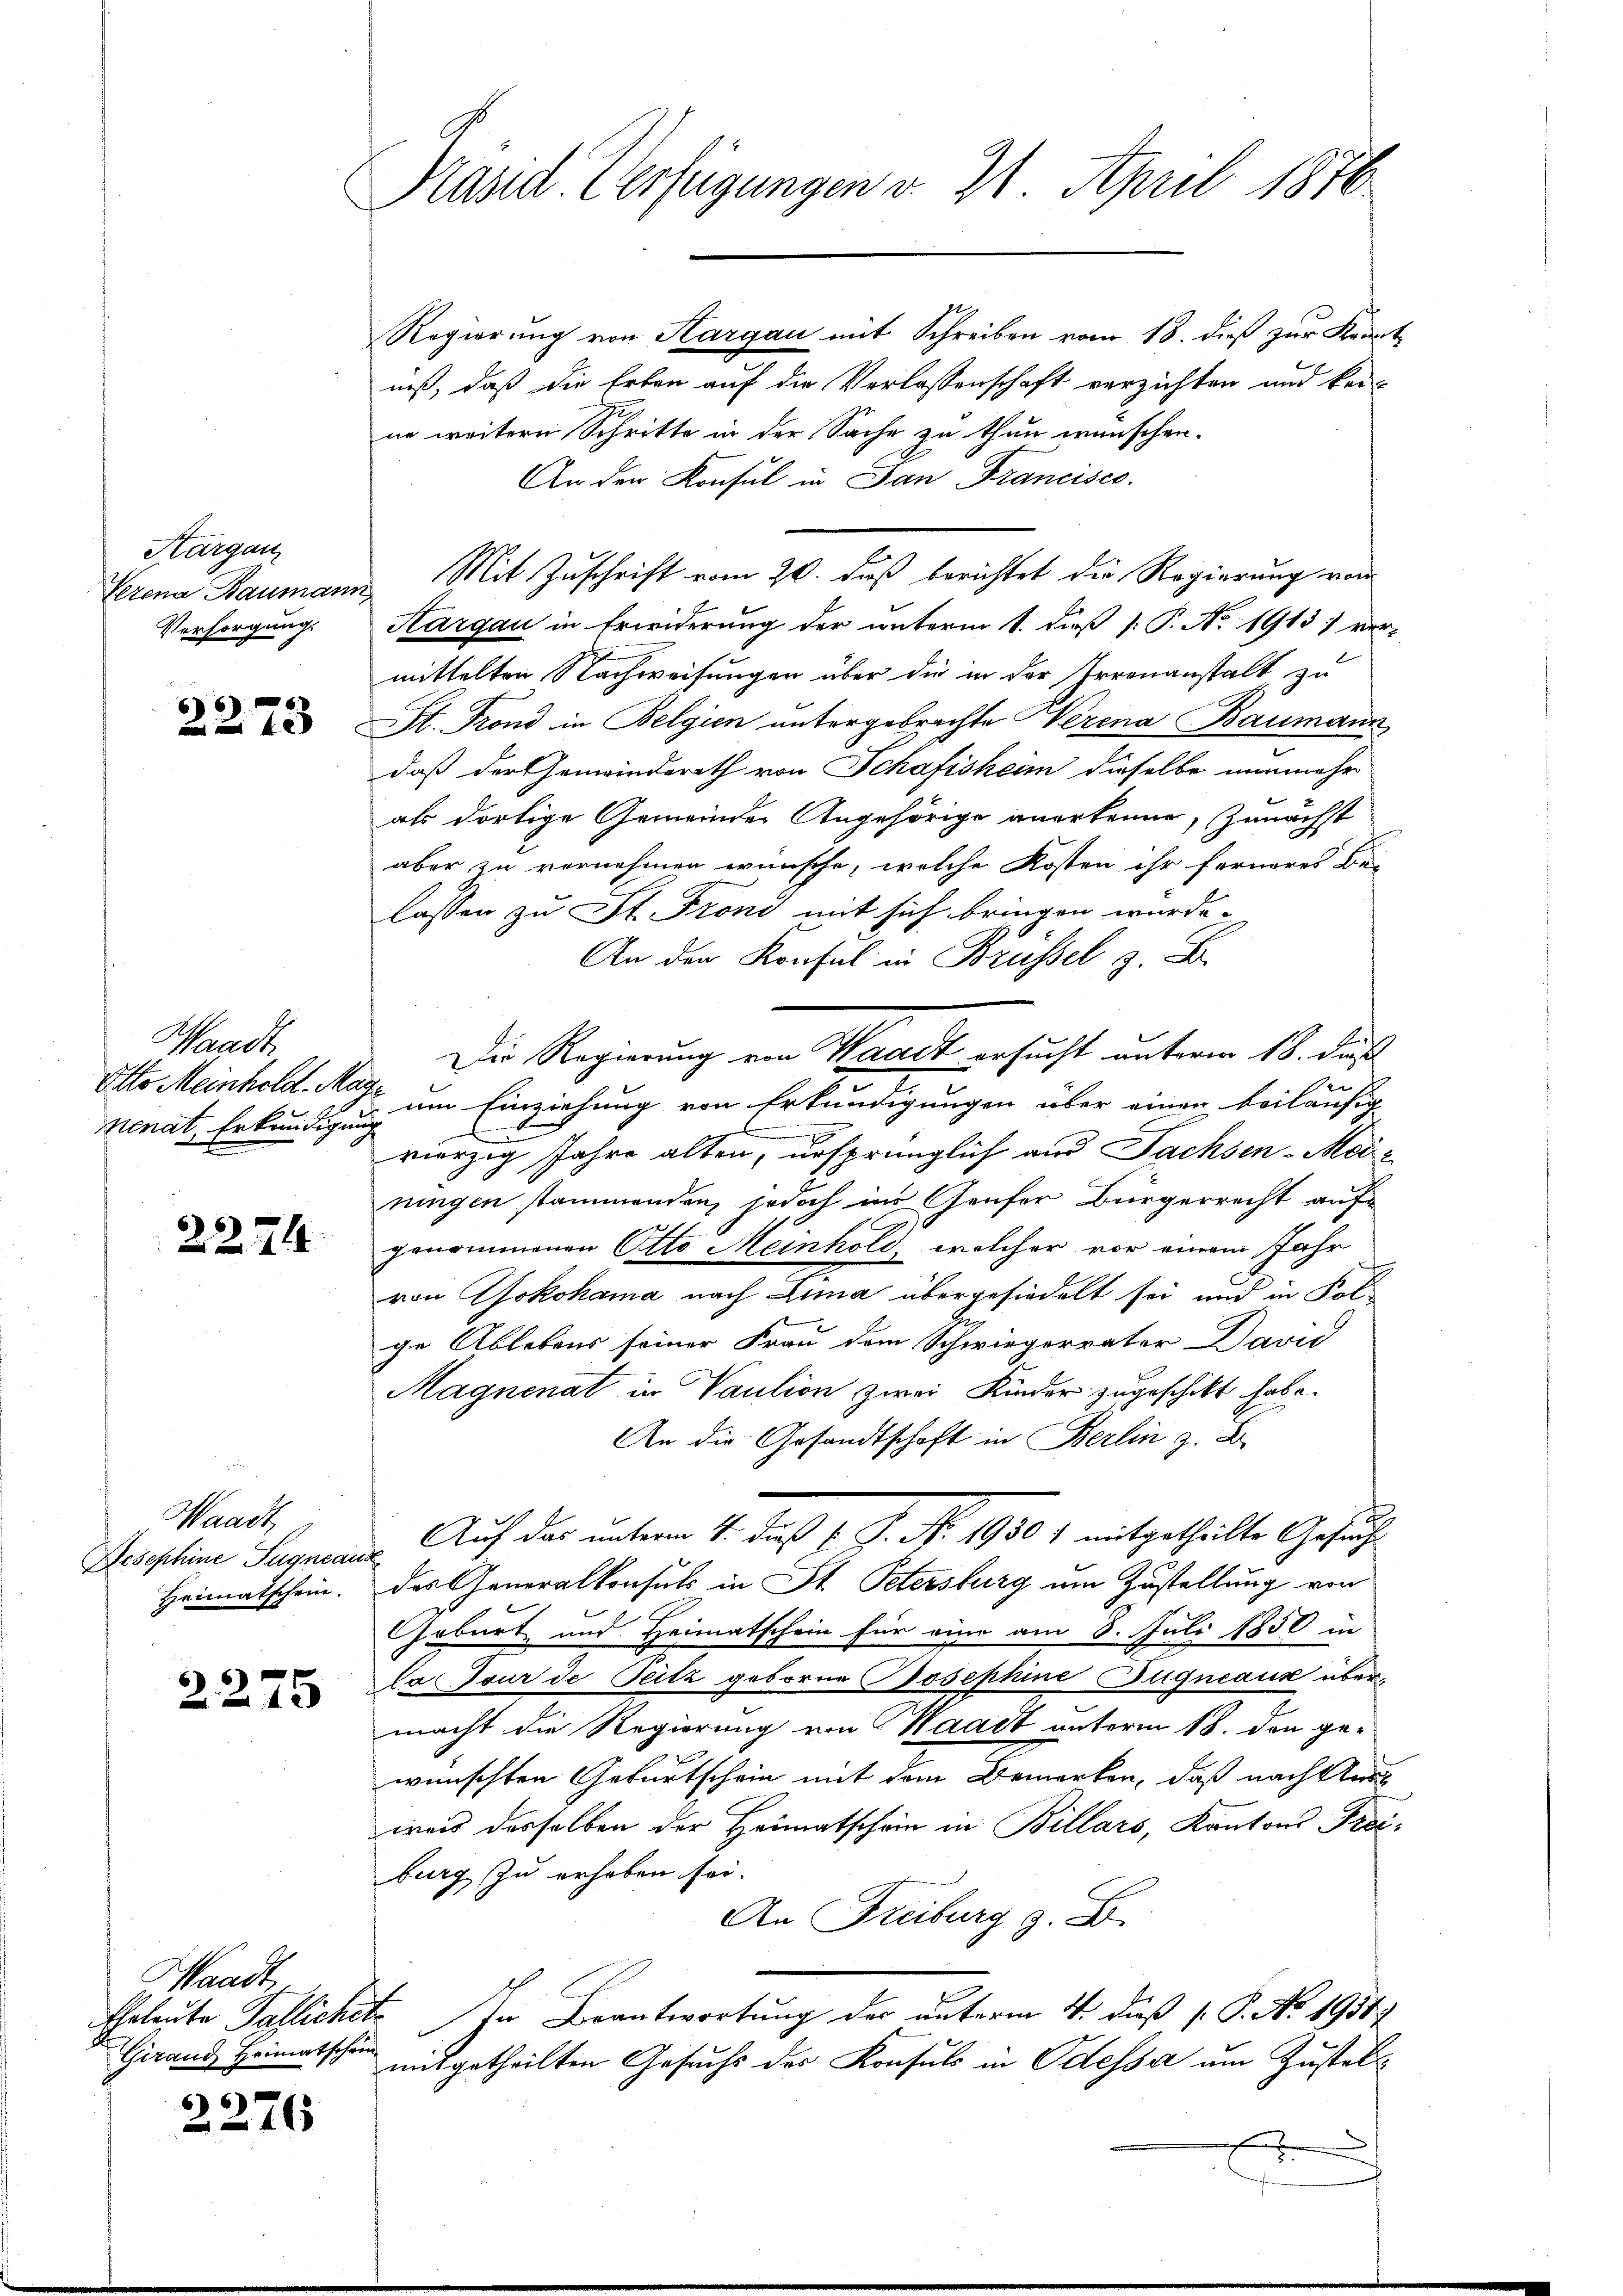
Präsid. Verfügungen v. 21. April 1876

Regierung von Hargau mit Schreiben vom 18. dieß zur Krant
niß, daß die Erben auf die Verlassenschaft verzichten und kei-
ne weitern Schritte in der Sache zu thun wünschen.
An der Konsul in Jan Francisco
Verena Baumann Mit Zuschrift vom 20. daß berichtet die Regierung vom
Kargau in Erwiderung der unterm 1. dieß P. No. 1913) ver-
mittelten Nachweisungen über die in der Irrenanstalt zu
St. Prond in Belgien untergebrachte Werena Baumann
daß der Gemeinderath von Schafisheim dieselbe nunmehr
als dortige Gemeinder Angehörige anerkenne, zunächst
aber zu vernehmen wünsche, welche Kosten ihr ferneres Be-
lassen zu St. Prond mit sich bringen würde.
An den Konsul in Brüssel z. B.
Die Regierung von Waadt ersucht unterm 18. daß
.
en
Otto Meinhold um Einziehung von Erkundigungen über einen beiläufig
i
E
vierzig Jahre alten, ursprünglich und Sachsen-Meiningen stammenden, jedoch ins Genfer Bürgerrecht aufgenommenen Otto Meinhold, welcher vor einem Jahr
von Yokohama nach Lina übergesiedelt sei und in Kol-
ge Ablebens seiner Frau dem Schwiegervater David
Magnenat in Vaution zwei Kinder zugeschickt habe.
An die Gesandtschaft in Berlin z. B.
Josephine Sagmann. Auf das unterm 4. daß P. P. Nr. 1950 1 mitgetheilte Gesucht
Heimatschein. Das Generalkonsuls in St. Petersburg um Zustellung von
Geburt und Heimatschein für eine am 8. Juli 1850 in
Ca Jour de Seitz geborne Josephine Gugneaux übermacht die Regierung von Waadt unterm 18. den gewünschten Geburtschein mit dem Bemerken, daß nach Staat
weis derselben der Heimatschein in Billars, Kantons Frei-
burg zu erheben sei.
An Freiburg z. B.
Eheleute Pallichet. In Beantwortung der unterm 4. dieß (. P. No. 1931
mitgetheilten Gesuchs des Konsuls in Odessa um Zustell¬

Aargau
Versorgung.

2273

Waadt
nenat, Erkundigung

22744.

Waadt,

2275

Waadt,
Girand Heimatschein

2276